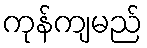
ကုန်ကျမည်